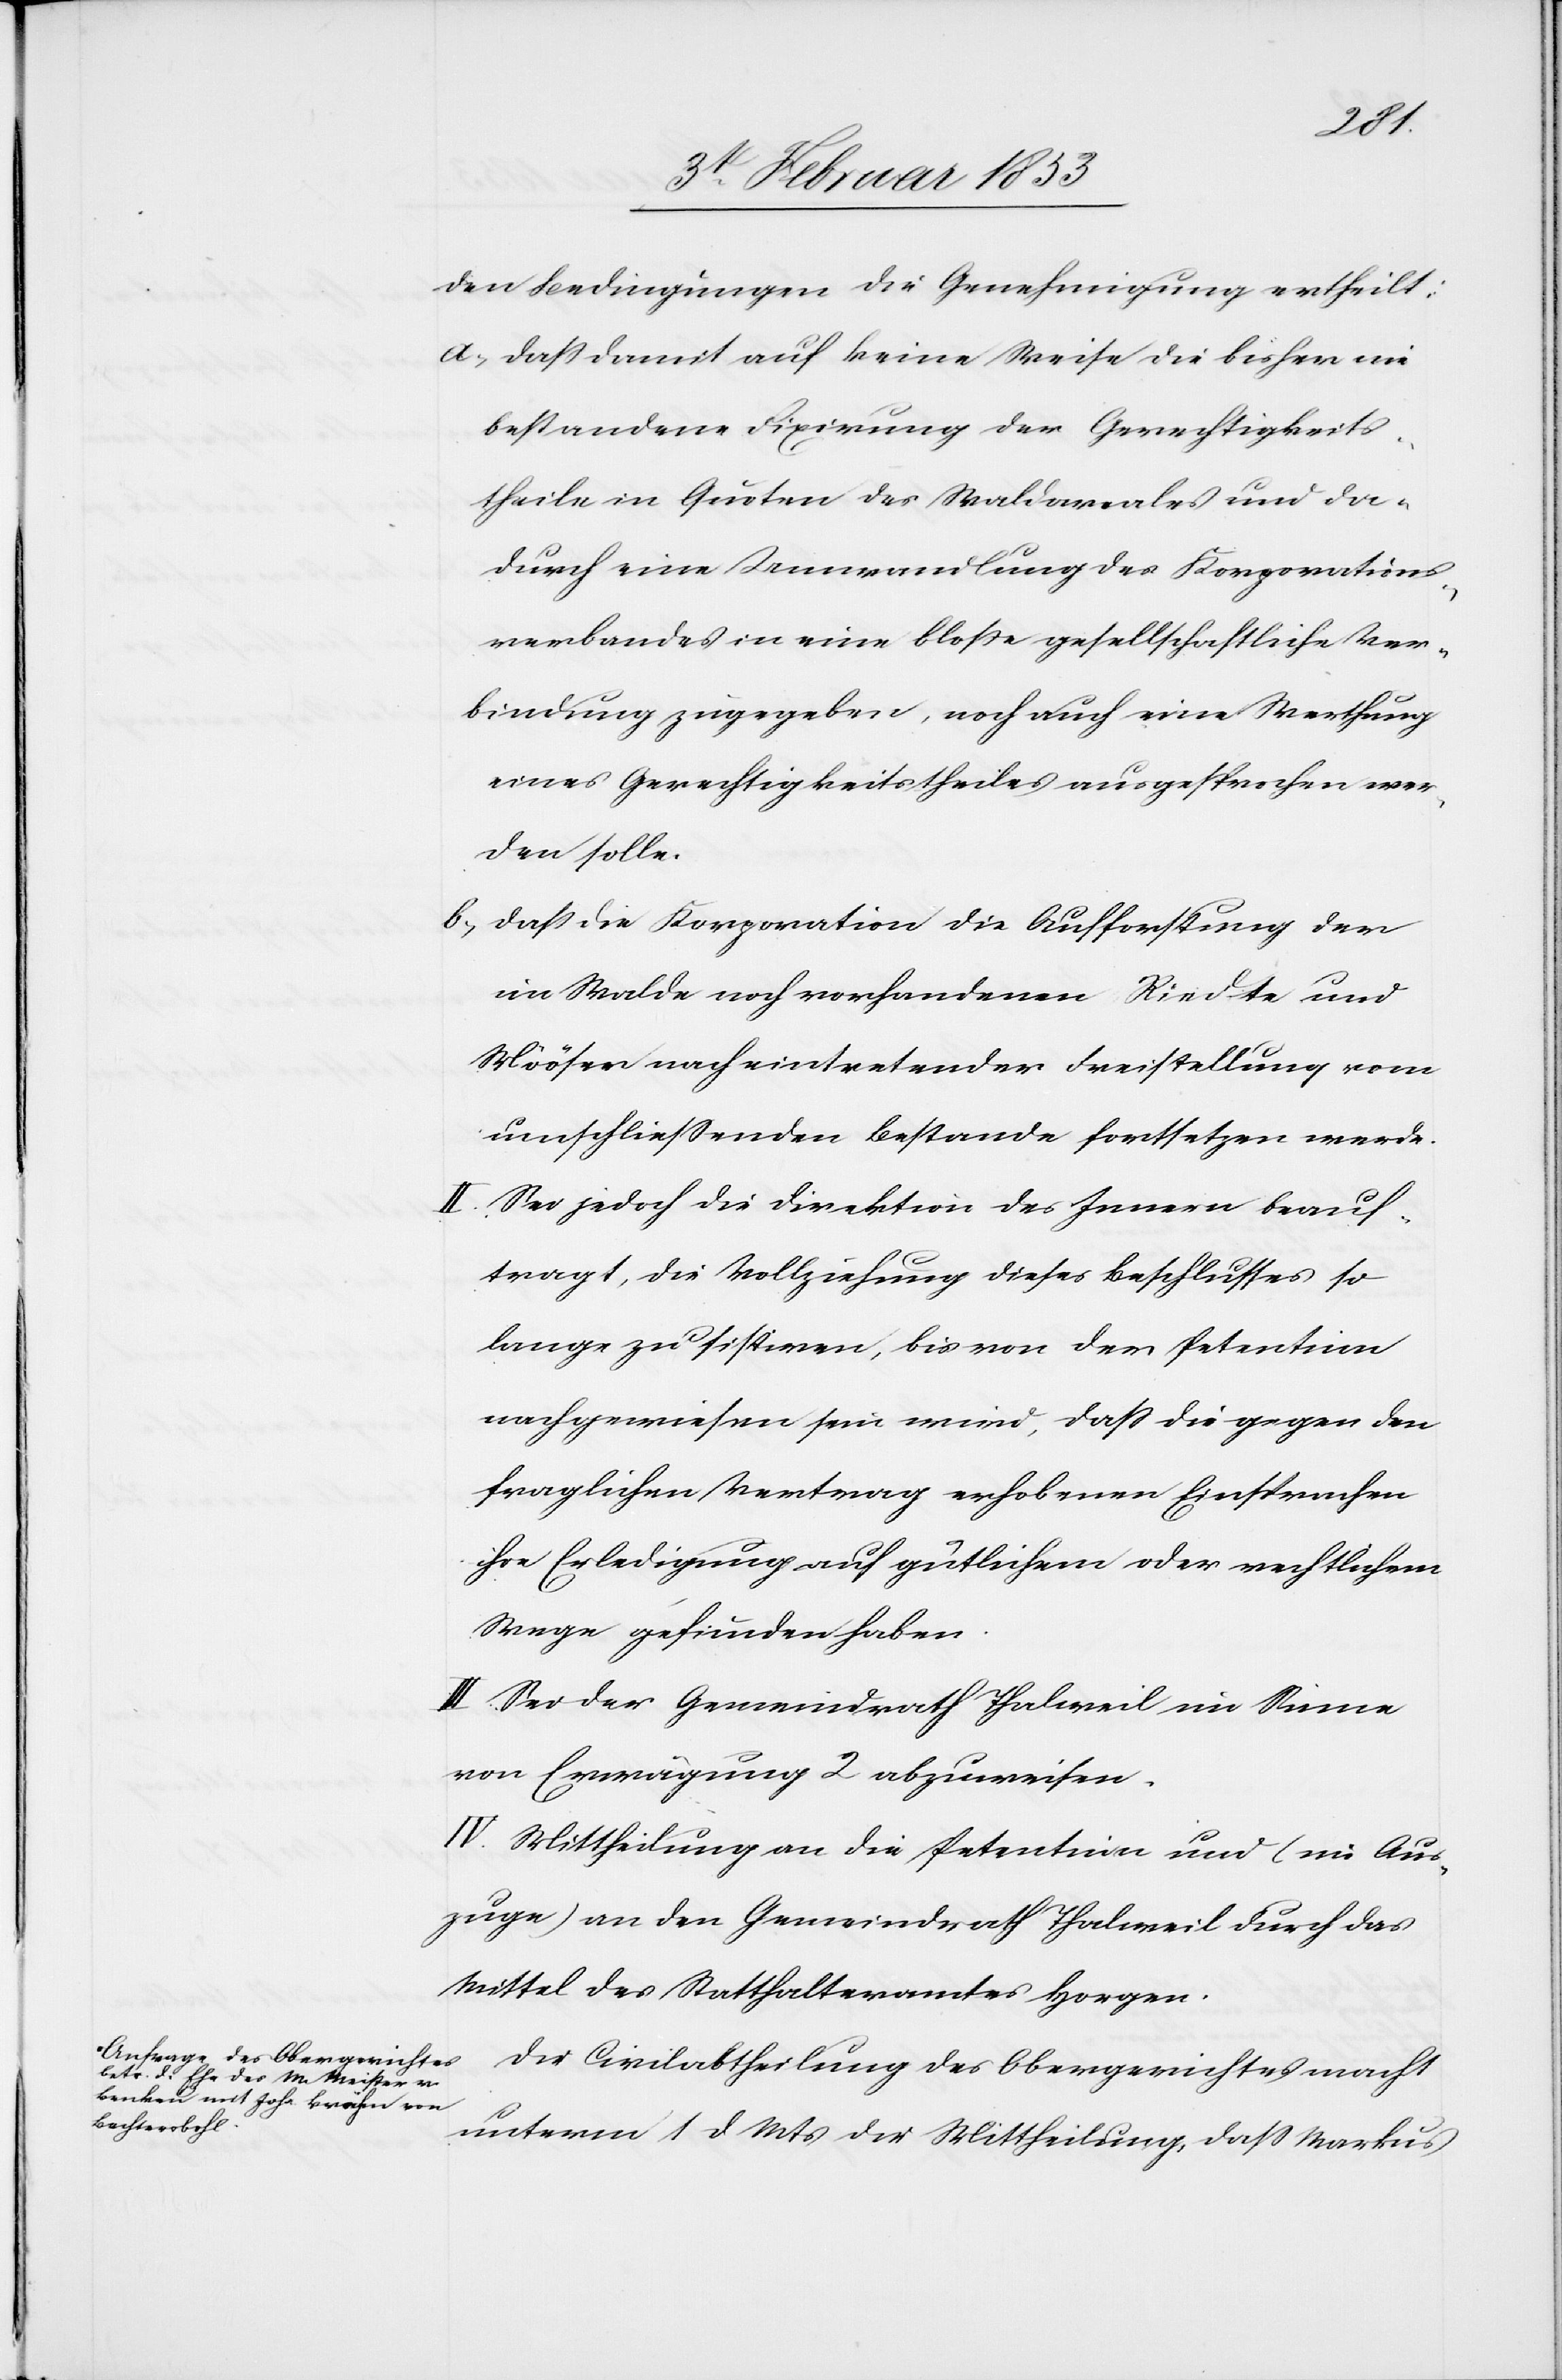
ions¬
den Bedingungen die Genehmigung ertheilt:
a, daß damit auf keine Weise die bisher nie
bestandene Fixirung der Gerechtigkeits¬
verbandes in eine bloße gesellschaftliche Ver¬
bindung zugegeben, noch auch eine Werthung
eines Gerechtigkeitstheiles ausgesprochen wer¬
den solle.
b, daß die Korporation die Aufforderung der
im Walde noch vorhandenen Riedte und
Mööser nach eintretender Freistellung vom
umschließenden Bestande fortsetzen werde.
II. Sei jedoch die Direktion des Innern beauf¬
tragt, die Vollziehung dieses Beschlußes so
lange zu sistiren, bis von der Petentinn
nachgewiesen sein wird, daß die gegen den
fraglichen Vertrag erhobenen Einsprachen
ihre Erledigung auf gütlichem oder rechtlichem
Wege gefunden haben.
III. Sei der Gemeindrath Thalweil im Sinne
von Erwägung 2 abzuweisen.
IV. Mittheilung an die Petentinn und (im Aus¬
zuge) an den Gemeindrath Thalweil durch das
Mittel des Statthalteramtes Horgen.
Der Civilabtheilung des Obergerichtes macht
unterm 1 d. Mts. die Mittheilung, daß Markus